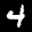
Digit: 4